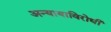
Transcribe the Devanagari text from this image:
अन्यायाविरोधी